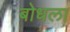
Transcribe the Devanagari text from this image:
बोधला